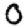
Digit: 0